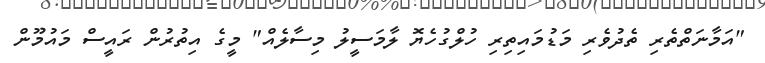
"އަމާނަތްތެރި ތެދުވެރި މަޑުމައިތިރި ހުލްގުހެޔޮ ލާމަސީލު މިސާލެއް" މީގެ އިތުރުން ރައީސް މައުމޫން